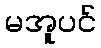
မအူပင်